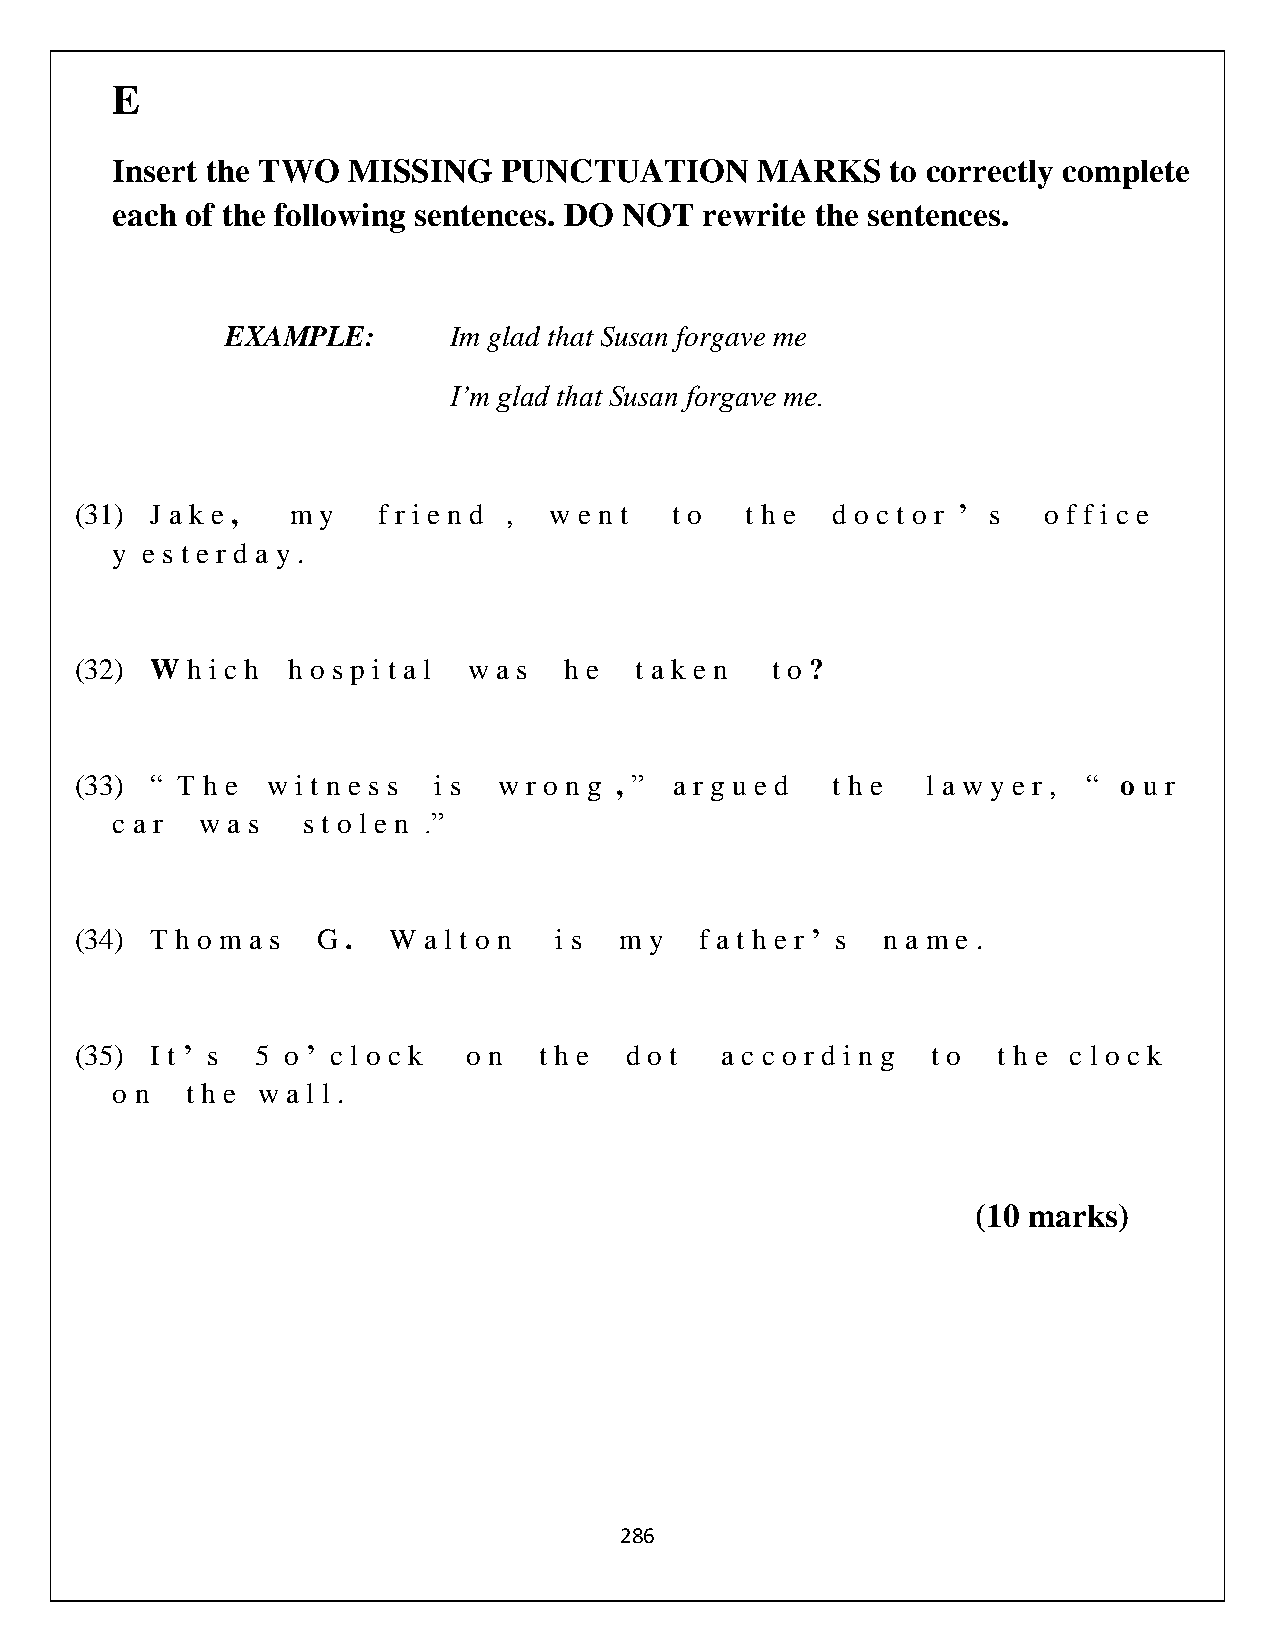
E
 Insert the TWO  MISSING   PUNCTUATION      MARKS    to correctly complete
 each of the following sentences. DO NOT rewrite the sentences.
 EXAMPLE:       Im glad that Susan forgave me
 I’m glad that Susan forgave me.
 (31) J a k e , m y  f r i e n d , w e n t t o t h e d o c t o r ’ s o f f i c e
 y e s t e r d a y .
 (32) W h i c h h o s p i t a l w a s h e t a k e n t o ?
 (33) “ T h e w i t n e s s i s w r o n g , ” a r g u e d t h e l a w y e r , “ o u r
 c a r w a s  s t o l e n .”
 (34) T h o m a s G . W a l t o n i s m y f a t h e r ’ s n a m e .
 (35) I t ’ s 5 o ’ c l o c k o n t h e d o t a c c o r d i n g t o t h e c l o c k
 o n  t h e w a l l .
 (10 marks)
 286